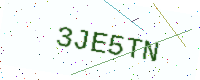
Text: 3JE5TN